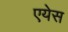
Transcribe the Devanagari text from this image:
एयेस